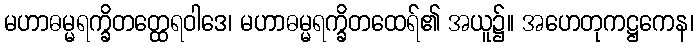
မဟာဓမ္မရက္ခိတတ္ထေရဝါဒေ၊ မဟာဓမ္မရက္ခိတထေရ်၏ အယူ၌။ အဟေတုကဋ္ဌကေန၊